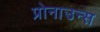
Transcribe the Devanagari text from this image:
प्रोनाउन्स